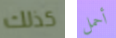
كذلك أحمل